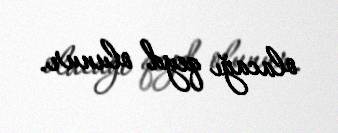
olacağı qeyd olunur.